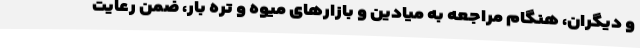
و دیگران، هنگام مراجعه به میادین و بازارهای میوه و تره بار، ضمن رعایت